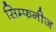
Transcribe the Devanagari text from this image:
सिम्फनीज